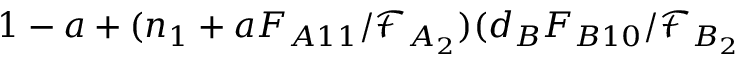
1 - a + ( n _ { 1 } + a F _ { A 1 1 } / \mathcal { F } _ { A _ { 2 } } ) ( d _ { B } F _ { B 1 0 } / \mathcal { F } _ { B _ { 2 } }